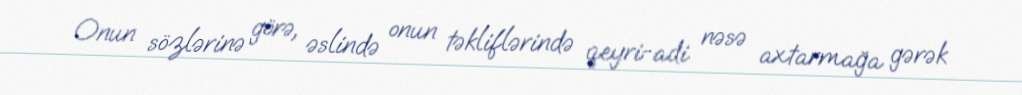
Onun sözlərinə görə, əslində onun təkliflərində qeyri-adi nəsə axtarmağa gərək